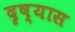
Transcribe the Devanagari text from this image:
दृष्यास